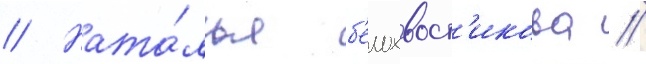
// Ната́лья б'елохвост'икова //